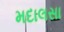
મદાલસા